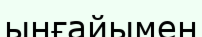
ынғайымен